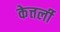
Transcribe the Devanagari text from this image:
केत्तर्ली